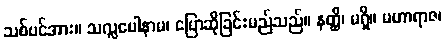
သစ်ပင်အား။ သလ္လပေါနာမ၊ ပြောဆိုခြင်းမည်သည်။ နတ္ထိ၊ မရှိ။ မဟာရာဇ၊